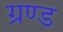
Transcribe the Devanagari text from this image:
ग्रण्ड